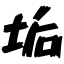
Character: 垢